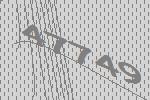
47749